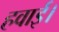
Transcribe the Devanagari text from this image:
हवाई।